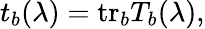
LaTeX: t_{b}(\lambda)=\mathrm{tr}_{b}T_{b}(\lambda),